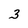
Character: 3